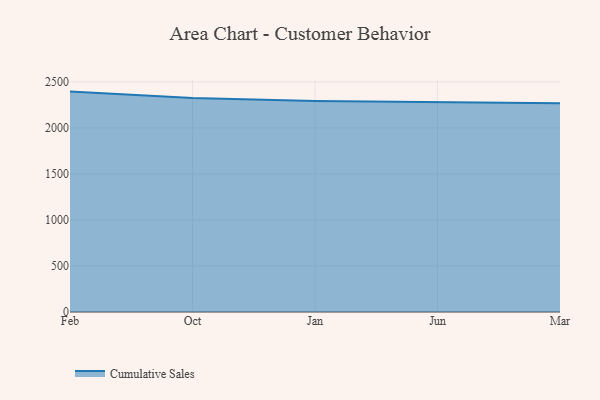
{"axis": {"x": "Month", "y": "Waste Production (Tons)"}, "legend": ["Cumulative Sales"], "data": [{"x": "Feb", "y": 2394.1, "type": "Cumulative Sales"}, {"x": "Oct", "y": 2324.5, "type": "Cumulative Sales"}, {"x": "Jan", "y": 2292.4, "type": "Cumulative Sales"}, {"x": "Jun", "y": 2282.6, "type": "Cumulative Sales"}, {"x": "Mar", "y": 2267.7, "type": "Cumulative Sales"}]}